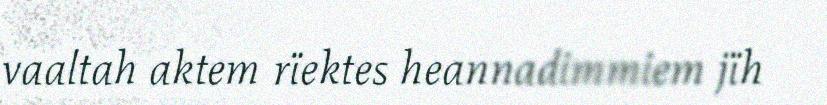
vaaltah aktem rïektes heannadimmiem jïh